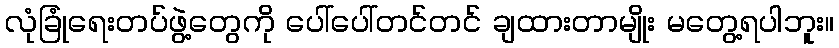
လုံခြုံရေးတပ်ဖွဲ့တွေကို ပေါ်ပေါ်တင်တင် ချထားတာမျိုး မတွေ့ရပါဘူး။